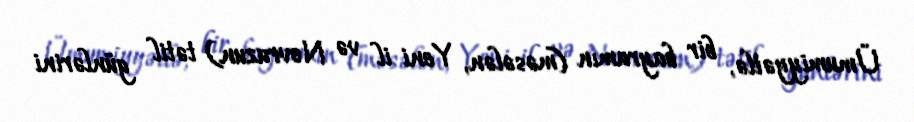
Ümumiyyətlə, bir bayramın (məsələn, Yeni il və Novruzun) tətil günlərini